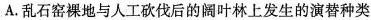
A.乱石窑裸地与人工砍伐后的阔叶林上发生的演替种类